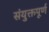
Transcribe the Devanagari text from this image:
संयुक्तपूर्ण